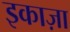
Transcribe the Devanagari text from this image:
इकाज़ा